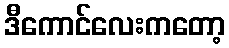
ဒီကောင်လေးကတော့